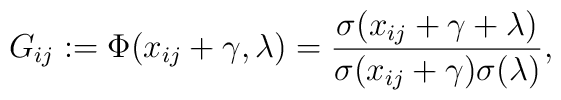
G_{ij}:=\Phi (x_{ij}+\gamma ,\lambda )=\frac{\sigma(x_{ij}+\gamma +\lambda )}{\sigma (x_{ij}+\gamma )\sigma(\lambda )},